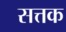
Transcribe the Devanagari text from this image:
सत्तक